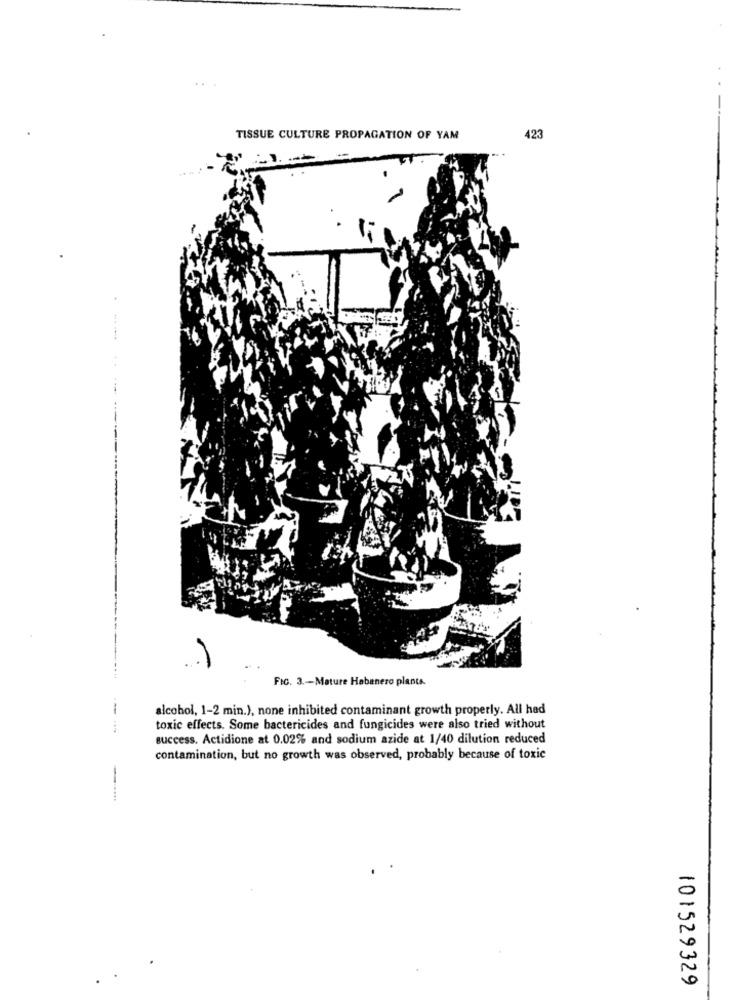
TISSUE CULTURE PROPAGATION OF YAM
423
......
FIG. 3 .- Mature Habanero planta.
alcohol, 1-2 min.), none inhibited contaminant growth properly. All had
toxic effects. Some bactericides and fungicides were also tried without
success. Actidione at 0.02% and sodium azide at 1/40 dilution reduced
contamination, but no growth was observed, probably because of toxic
101529329